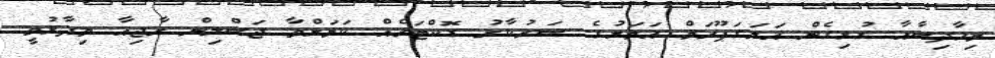
މިހާދިސާއާ ގުޅިގެން އަލަގަޕޫރަމް އަވަށުގެ ސަރުކާރު ޑޮކްޓަރެއް ކަމަށްވާ ޖަސްލިން ރާޖިއާ ވިދާޅުވީ